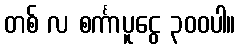
တစ် လ စင်္ကာပူငွေ ၃၀၀ပါ။